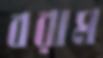
বরাম